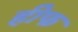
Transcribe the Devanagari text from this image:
हीफ